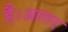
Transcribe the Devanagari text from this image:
है।आगर